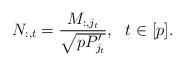
LaTeX: \begin{align*} N_{:,t} = \frac{M_{:,j_t}} {\sqrt{p P'_{j_t}}}, \ \ t \in [p].\end{align*}